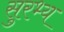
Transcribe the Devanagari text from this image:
सुरभ्य